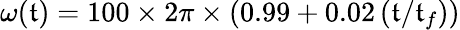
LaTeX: \omega(\mathfrak{t})=100\times2\pi\times\left(0.99+0.02\left(\mathfrak{t}/\mathfrak{t}_{f}\right)\right)